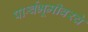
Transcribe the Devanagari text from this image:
पार्श्वभूमीवरचे